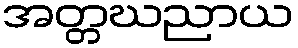
အတ္တဃညာယ